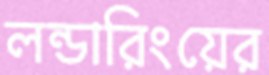
লন্ডারিংয়ের